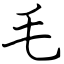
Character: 毛